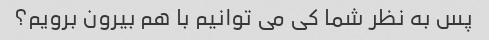
پس به نظر شما کی می توانیم با هم بیرون برویم؟